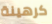
كرهينة